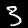
Digit: 3